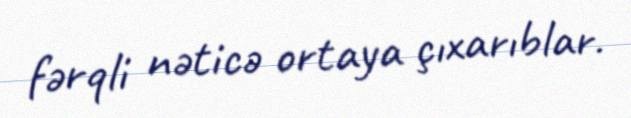
fərqli nəticə ortaya çıxarıblar.